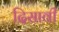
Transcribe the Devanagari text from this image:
दिसावी